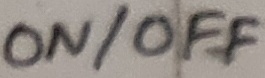
Text: ON/OFF